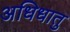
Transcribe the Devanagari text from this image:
अधिधातु